Vaccination in Bombay 1856-1862 - 1856-1862
Year: 1856
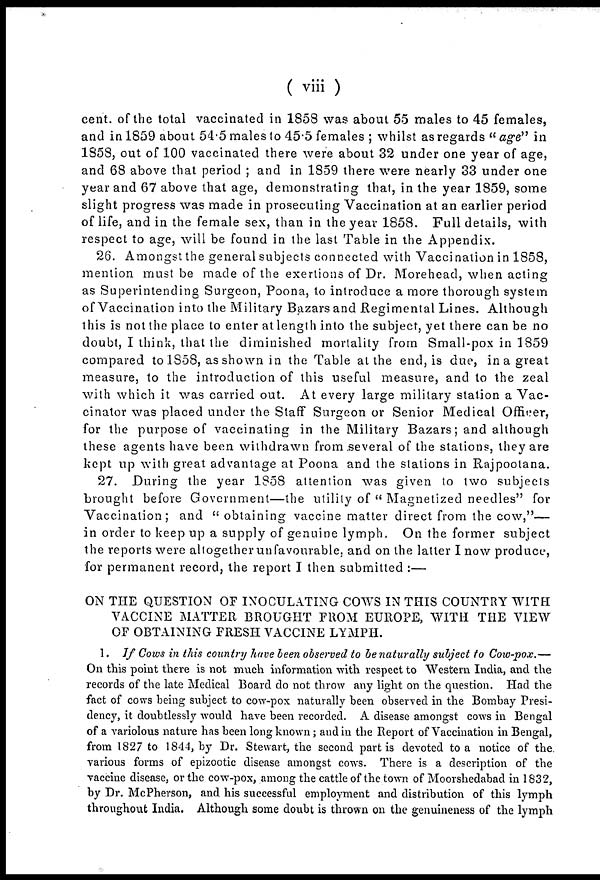
( viii )
cent. of the total vaccinated in 1858 was about 55 males to 45 females,
and in 1859 about 54.5 males to 45.5 females ; whilst as regards " age" in
1858, out of 100 vaccinated there were about 32 under one year of age,
and 68 above that period ; and in 1859 there were nearly 33 under one
year and 67 above that age, demonstrating that, in the year 1859, some
slight progress was made in prosecuting Vaccination at an earlier period
of life, and in the female sex, than in the year 1858. Full details, with
respect to age, will be found in the last Table in the Appendix.
26. Amongst the general subjects connected with Vaccination in 1858,
mention must be made of the exertions of Dr. Morehead, when acting
as Superintending Surgeon, Poona, to introduce a more thorough system
of Vaccination into the Military Bazars and Regimental Lines. Although
this is not the place to enter at length into the subject, yet there can be no
doubt, I think, that the diminished mortality from Small-pox in 1859
compared to 1858, as shown in the Table at the end, is due, in a great
measure, to the introduction of this useful measure, and to the zeal
with which it was carried out. At every large military station a Vac-
cinator was placed under the Staff Surgeon or Senior Medical Officer,
for the purpose of vaccinating in the Military Bazars; and although
these agents have been withdrawn from .several of the stations, they are
kept up with great advantage at Poona and the stations in Rajpootana.
27. During the year 1858 attention was given to two subjects
brought before Government—the utility of " Magnetized needles" for
Vaccination; and "obtaining vaccine matter direct from the cow,"—
in order to keep up a supply of genuine lymph. On the former subject
the reports were altogether unfavourable, and on the latter I now produce,
for permanent record, the report I then submitted :—
ON THE QUESTION OF INOCULATING COWS IN THIS COUNTRY WITH
VACCINE MATTER BROUGHT FROM EUROPE, WITH THE VIEW
OF OBTAINING FRESH VACCINE LYMPH.
1. If Cows in this country have been observed to be naturally subject to Cow-pox.—
On this point there is not much information with respect to Western India, and the
records of the late Medical Board do not throw any light on the question. Had the
fact of cows being subject to cow-pox naturally been observed in the Bombay Presi-
dency, it doubtlessly would have been recorded. A disease amongst cows in Bengal
of a variolous nature has been long known ; and in the Report of Vaccination in Bengal,
from 1827 to 1844, by Dr. Stewart, the second part is devoted to a notice of the.
various forms of epizootic disease amongst cows. There is a description of the
vaccine disease, or the cow-pox, among the cattle of the town of Moorshedabad in 1832,
by Dr. McPherson, and his successful employment and distribution of this lymph
throughout India. Although some doubt is thrown on the genuineness of the lymph